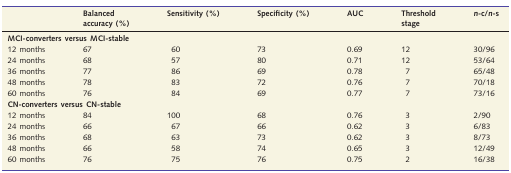
|  | Balanced accuracy (%) | Sensitivity (%) | Specificity (%) | AUC | Threshold stage | n-c/n-s |
 | --- | --- | --- | --- | --- | --- | --- |
 | <COLSPAN=7> MCI-converters versus MCI-stable |
 | 12 months | 67 | 60 | 73 | 0.69 | 12 | 30/96 |
 | 24 months | 68 | 57 | 80 | 0.71 | 12 | 53/64 |
 | 36 months | 77 | 86 | 69 | 0.78 | 7 | 65/48 |
 | 48 months | 78 | 83 | 72 | 0.76 | 7 | 70/18 |
 | 60 months | 76 | 84 | 69 | 0.77 | 7 | 73/16 |
 | <COLSPAN=7> CN-converters versus CN-stable |
 | 12 months | 84 | 100 | 68 | 0.76 | 3 | 2/90 |
 | 24 months | 66 | 67 | 66 | 0.62 | 3 | 6/83 |
 | 36 months | 68 | 63 | 73 | 0.62 | 3 | 8/73 |
 | 48 months | 66 | 58 | 74 | 0.65 | 3 | 12/49 |
 | 60 months | 76 | 75 | 76 | 0.75 | 2 | 16/38 |